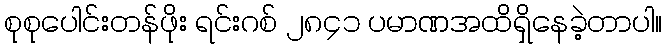
စုစုပေါင်းတန်ဖိုး ရင်းဂစ် ၂၈၄၁ ပမာဏအထိရှိနေခဲ့တာပါ။